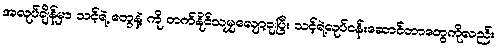
အလုပ်ချိန်မှာ သင့်ရဲ့ တွေနဲ့ ကို တက်နိုင်သမျှလျော့ချပြီး သင့်ရဲ့လုပ်ငန်းဆောင်တာတွေကိုလည်း